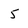
Character: 5